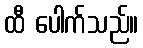
ထီ ပေါက်သည်။